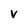
Character: V